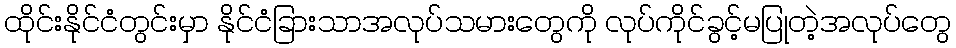
ထိုင်းနိုင်ငံတွင်းမှာ နိုင်ငံခြားသာအလုပ်သမားတွေကို လုပ်ကိုင်ခွင့်မပြုတဲ့အလုပ်တွေ